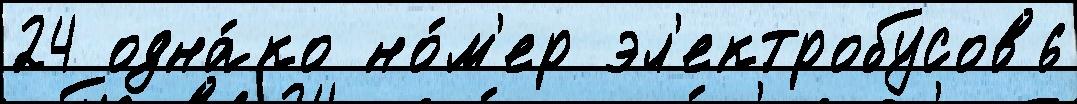
24 одна́ко но́м'ер эл'ектробусов6